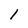
Character: l